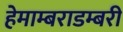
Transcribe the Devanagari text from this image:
हेमाम्बराडम्बरी